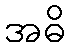
အဓိ